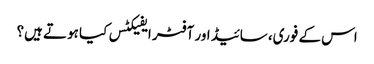
اس کے فوری، سائیڈ اور آفٹر ایفیکٹس کیا ہوتے ہیں؟